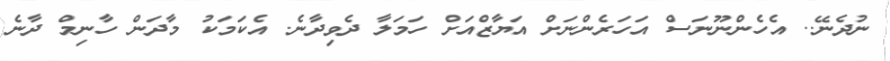
ނުދެނޭ.. އެހެންނޫނަސް އަހަރެންނަށް އަޔާޒްއަށް ހަމަލާ ދެވިދާނެ. އެކަމަކު މާދަން ހާނިމް ދާނެ